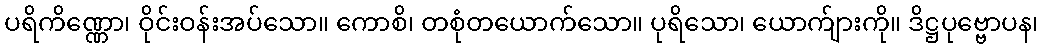
ပရိကိဏ္ဏော၊ ဝိုင်းဝန်းအပ်သော။ ကောစိ၊ တစုံတယောက်သော။ ပုရိသော၊ ယောက်ျားကို။ ဒိဋ္ဌပုဗ္ဗောပန၊